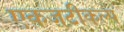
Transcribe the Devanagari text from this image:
एकजटीकल्प